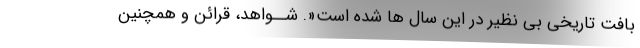
بافت تاریخی بی نظیر در این سال ها شده است«. شــواهد، قرائن و همچنین